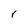
Character: r